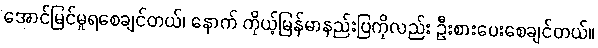
အောင်မြင်မှုရစေချင်တယ်၊ နောက် ကိုယ့်မြန်မာနည်းပြကိုလည်း ဦးစားပေးစေချင်တယ်။